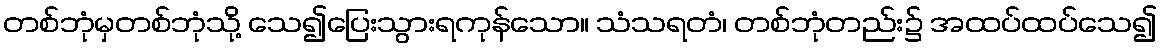
တစ်ဘုံမှတစ်ဘုံသို့ သေ၍ပြေးသွားရကုန်သော။ သံသရတံ၊ တစ်ဘုံတည်း၌ အထပ်ထပ်သေ၍